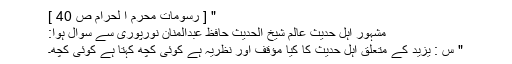
" [ رسوماتِ محرم ا لحرام ص 40 ]
مشہور اہل حدیث عالم شیخ الحدیث حافظ عبدالمنان نورپوریؒ سے سوال ہوا:
" س : یزید کے متعلق اہل حدیث کا کیا مؤقف اور نظریہ ہے کوئی کچھ کہتا ہے کوئی کچھ۔